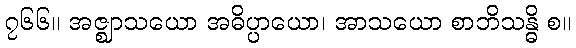
၇၆၆။ အဇ္ဈာသယော အဓိပ္ပာယော၊ အာသယော စာဘိသန္ဓိ စ။